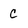
Character: C